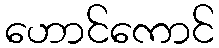
ဟောင်ကောင်